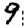
Digit: 9